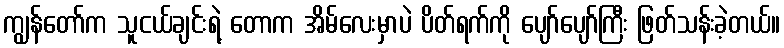
ကျွန်တော်က သူငယ်ချင်းရဲ့ တောက အိမ်လေးမှာပဲ ပိတ်ရက်ကို ပျော်ပျော်ကြီး ဖြတ်သန်းခဲ့တယ်။